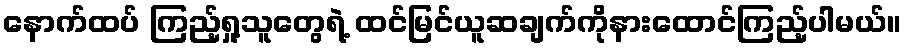
နောက်ထပ် ကြည့်ရှု့သူတွေရဲ့ ထင်မြင်ယူဆချက်ကိုနားထောင်ကြည့်ပါမယ်။